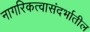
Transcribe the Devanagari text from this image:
नागरिकत्वासंदर्भातील